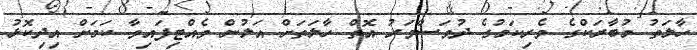
ހާލަތު މުބާރަކްގެ ވެރިކަމުގެ ދުވަސްވަރު އޮތް ހާލަތަށް އަލުން ވެއްޓިފައިވާ ކަމަށް އިދިކޮޅު